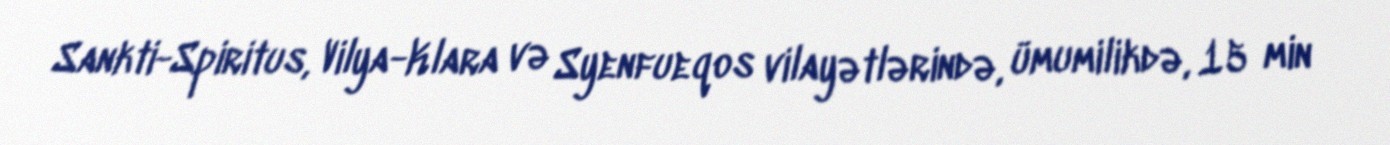
Sankti-Spiritus, Vilya-Klara və Syenfueqos vilayətlərində, ümumilikdə, 15 min